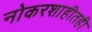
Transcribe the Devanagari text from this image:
नोकरशाहीतही